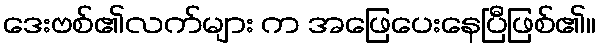
ဒေးဗစ်၏လက်များ က အဖြေပေးနေပြီဖြစ်၏။